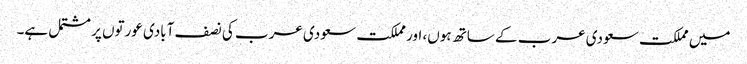
میں مملکت سعودی عرب کے ساتھ ہوں، اور مملکت سعودی عرب کی نصف آبادی عورتوں پر مشتمل ہے۔